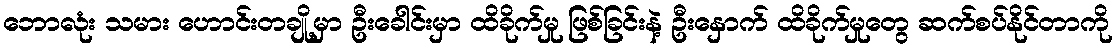
ဘောလုံး သမား ဟောင်းတချို့မှာ ဦးခေါင်းမှာ ထိခိုက်မှု ဖြစ်ခြင်းနဲ့ ဦးနှောက် ထိခိုက်မှုတွေ ဆက်စပ်နိုင်တာကို